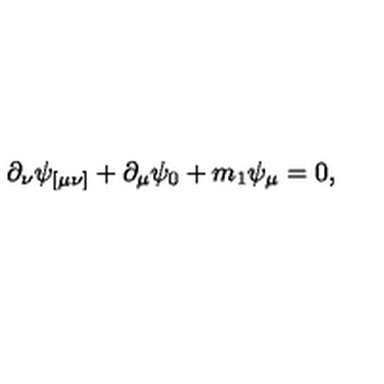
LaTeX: \partial _ { \nu } \psi _ { [ \mu \nu ] } + \partial _ { \mu } \psi _ { 0 } + m _ { 1 } \psi _ { \mu } = 0 ,